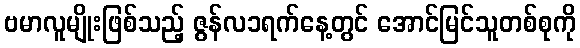
ဗမာလူမျိုးဖြစ်သည့် ဇွန်လ၁ရက်နေ့တွင် အောင်မြင်သူတစ်စုကို